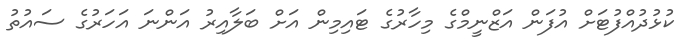
ކުޅުދުއްފުޓަށް އުފަން އަޒްނީމްގެ މިހާރުގެ ޓައިމިން އަށް ބަލާއިރު އަންނަ އަހަރުގެ ސައުތު